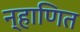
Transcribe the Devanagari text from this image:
न्हाणित